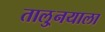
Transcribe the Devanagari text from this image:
तालु्नयाला